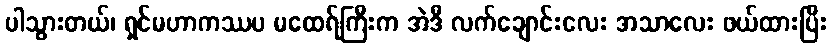
ပါသွားတယ်၊ ရှင်မဟာကဿပ မထေရ်ကြီးက အဲဒီ လက်ချောင်းလေး အသာလေး ဖယ်ထားပြီး